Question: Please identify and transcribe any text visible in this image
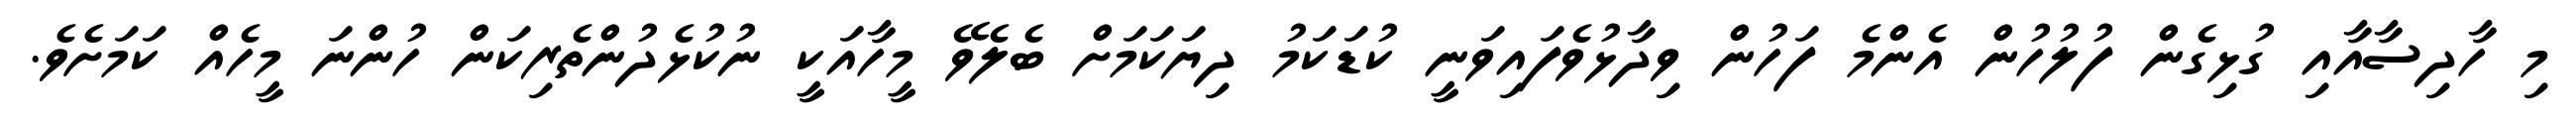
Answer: މި ހާދިސާއާއި ގުޅިގެން ފުލުހުން އެންމެ ފަހުން ވިދާޅުވެފައިވަނީ ކުޑަކަމު ދިޔަކަމަށް ބެލެވޭ މީހާއަކީ ނުކުޅެދުންތެރިކަން ހުންނަ މީހެއް ކަމަށެވެ.